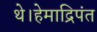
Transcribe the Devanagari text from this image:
थे।हेमाद्रिपंत